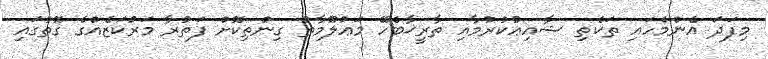
މިފަދަ އެންމެހައި ތަކެތި ޝާއިޢުކުރުމާއި ތާރީޚާބެހޭ މަޢުލޫމާތު ގިންތިކޮށް ފަތުރާ މަރުކަޒެއްގެ ގޮތުގައި